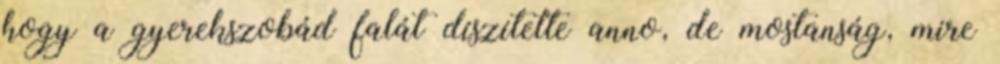
hogy a gyerekszobád falát díszítette anno, de mostanság, mire